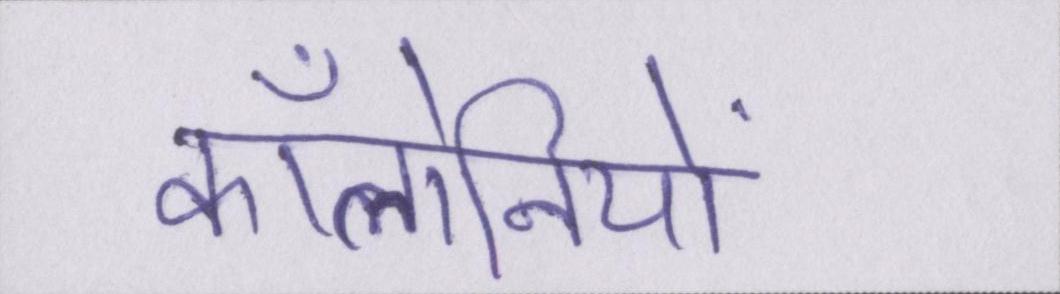
कॉलोनियों